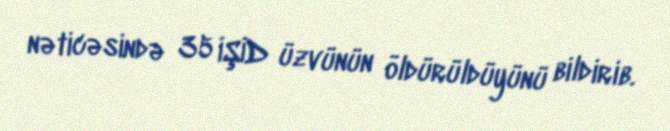
nəticəsində 35 İŞİD üzvünün öldürüldüyünü bildirib.